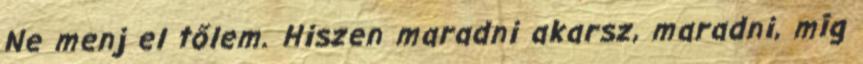
Ne menj el tőlem. Hiszen maradni akarsz, maradni, míg